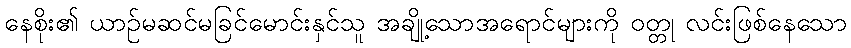
နေစိုး၏ ယာဉ်မဆင်မခြင်မောင်းနှင်သူ အချို့သောအရောင်များကို ဝတ္တု လင်းဖြစ်နေသော